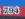
794